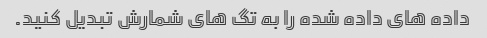
داده های داده شده را به تگ های شمارش تبدیل کنید.